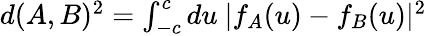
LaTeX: \begin{array}{r}{d(A,B)^{2}=\int_{-c}^{c}du~|f_{A}(u)-f_{B}(u)|^{2}}\end{array}